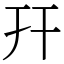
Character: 幵